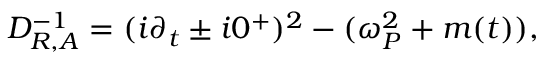
D _ { R , A } ^ { - 1 } = ( { { i } } \partial _ { t } \pm { { i } } 0 ^ { + } ) ^ { 2 } - ( \omega _ { P } ^ { 2 } + m ( t ) ) ,